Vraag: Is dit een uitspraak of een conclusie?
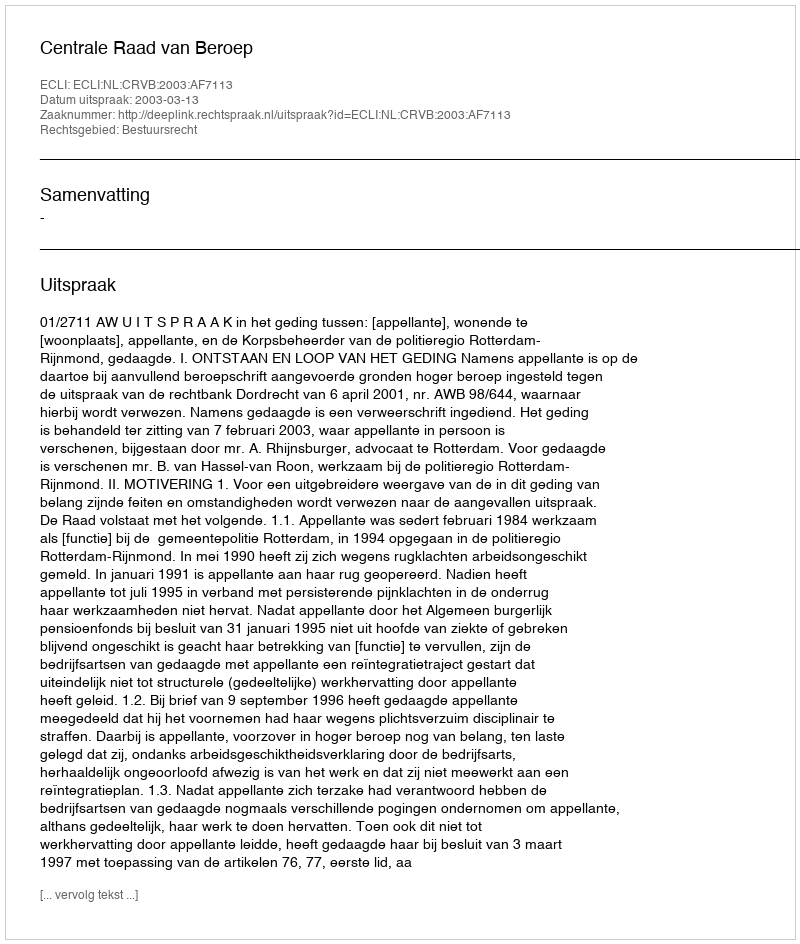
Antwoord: Uitspraak